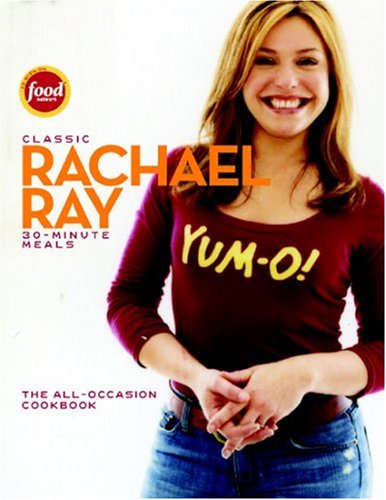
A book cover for Classic 30-Minute Meals: The All-Occasion Cookbook; Rachael Ray; Cookbooks, Food & Wine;